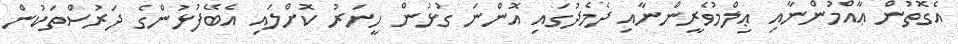
އެގޮތުން ޢާއްމުންނާއި ޢިލްމުވެރީންނާއި ދެމެދުގައި އޮންނަ ގުޅުން ހީނަރު ކޮށްލައި އެބޭފުޅުންގެ ދަރުސްތަކުން